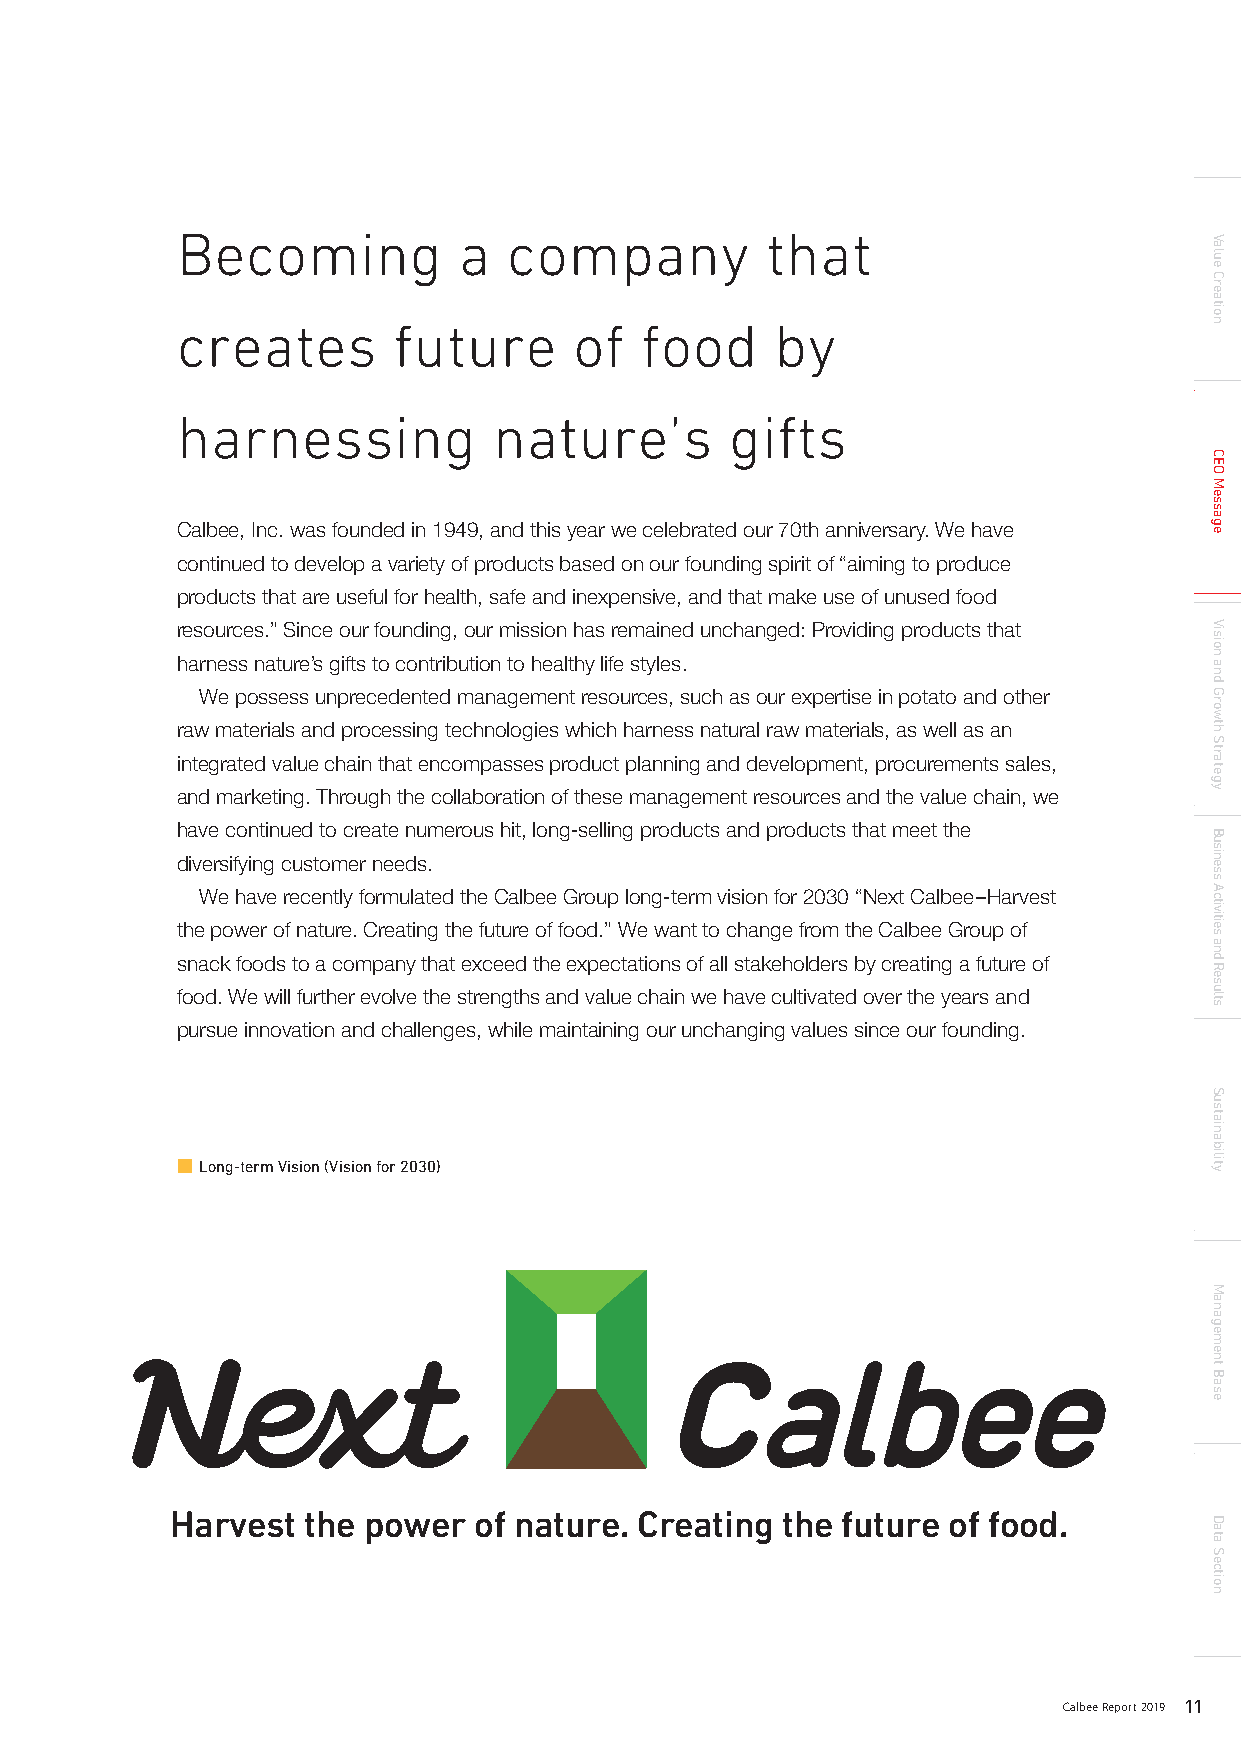
CEO Message
 Becoming          a   company          that
 creates       future      of  food     by
 harnessing           nature’s       gifts
 Calbee, Inc. was founded in 1949, and this year we celebrated our 70th anniversary. We have
 continued to develop a variety of products based on our founding spirit of “aiming to produce
 products that are useful for health, safe and inexpensive, and that make use of unused food
 resources.” Since our founding, our mission has remained unchanged: Providing products that
 harness nature’s gifts to contribution to healthy life styles.
 We possess unprecedented management resources, such as our expertise in potato and other
 raw materials and processing technologies which harness natural raw materials, as well as an
 integrated value chain that encompasses product planning and development, procurements sales,
 and marketing. Through the collaboration of these management resources and the value chain, we
 have continued to create numerous hit, long-selling products and products that meet the
 diversifying customer needs.
 We have recently formulated the Calbee Group long-term vision for 2030 “Next Calbee–Harvest
 the power of nature. Creating the future of food.” We want to change from the Calbee Group of
 snack foods to a company that exceed the expectations of all stakeholders by creating a future of
 food. We will further evolve the strengths and value chain we have cultivated over the years and
 pursue innovation and challenges, while maintaining our unchanging values since our founding.
 ■ Long-term Vision (Vision for 2030)
 President & CEO
 Shuji Ito
 Harvest  the power  of nature. Creating  the future of food.
 10 Calbee Report 2019                                                 Calbee Report 2019 11
 Value
 Creation
 CEO
 Message
 Vision
 and
 Growth
 Strategy
 Business
 Activities
 and
 Results
 Sustainability
 Management
 Base
 Data
 Section